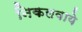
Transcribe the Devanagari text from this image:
निकलवाये